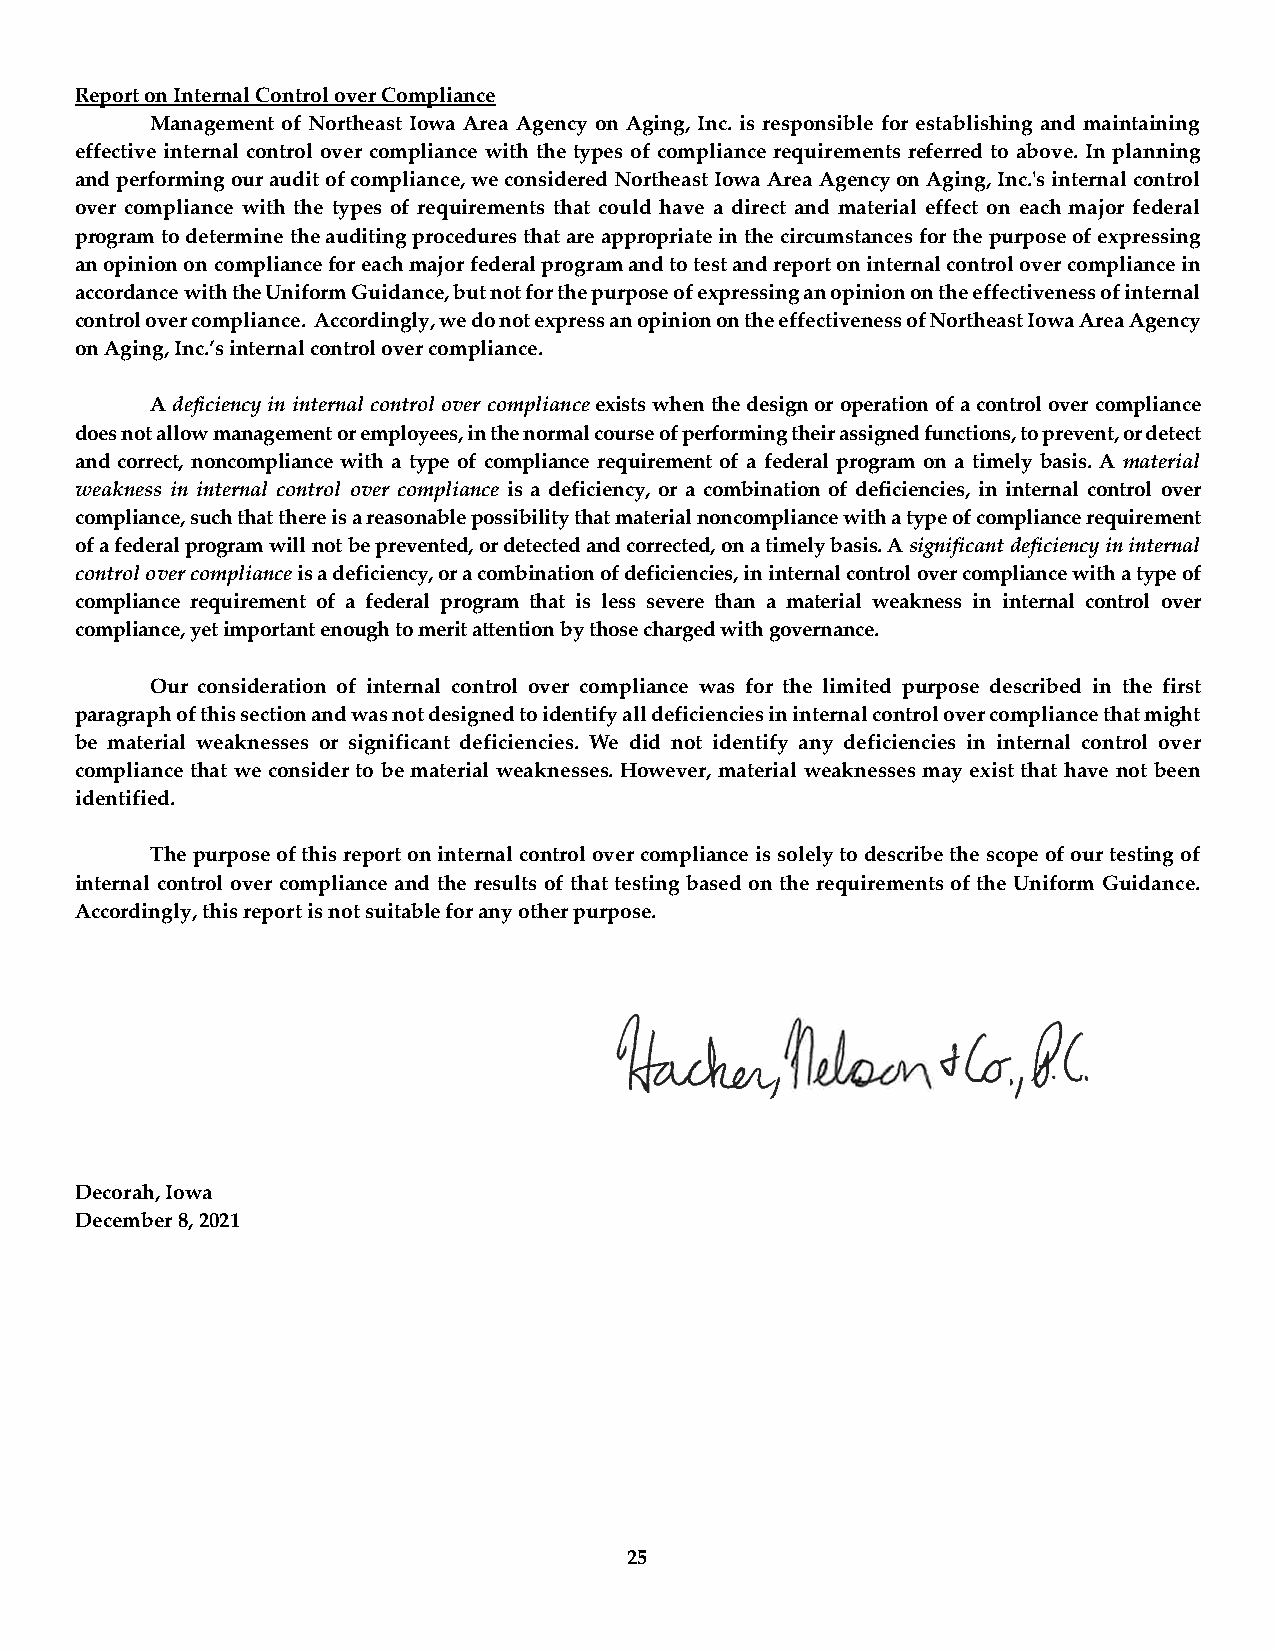
Report on Internal Control over Compliance
 Management of Northeast Iowa Area Agency on Aging, Inc. is responsible for establishing and maintaining
 effective internal control over compliance with the types of compliance requirements referred to above. In planning
 and performing our audit of compliance, we considered Northeast Iowa Area Agency on Aging, Inc.'s internal control
 over compliance with the types of requirements that could have a direct and material effect on each major federal
 program to determine the auditing procedures that are appropriate in the circumstances for the purpose of expressing
 an opinion on compliance for each major federal program and to test and report on internal control over compliance in
 accordance with the Uniform Guidance, but not for the purpose of expressing an opinion on the effectiveness of internal
 control over compliance. Accordingly, we do not express an opinion on the effectiveness of Northeast Iowa Area Agency
 on Aging, Inc.’s internal control over compliance.
 A deficiency in internal control over compliance exists when the design or operation of a control over compliance
 does not allow management or employees, in the normal course of performing their assigned functions, to prevent, or detect
 and correct, noncompliance with a type of compliance requirement of a federal program on a timely basis. A material
 weakness in internal control over compliance is a deficiency, or a combination of deficiencies, in internal control over
 compliance, such that there is a reasonable possibility that material noncompliance with a type of compliance requirement
 of a federal program will not be prevented, or detected and corrected, on a timely basis. A significant deficiency in internal
 control over compliance is a deficiency, or a combination of deficiencies, in internal control over compliance with a type of
 compliance requirement of a federal program that is less severe than a material weakness in internal control over
 compliance, yet important enough to merit attention by those charged with governance.
 Our consideration of internal control over compliance was for the limited purpose described in the first
 paragraph of this section and was not designed to identify all deficiencies in internal control over compliance that might
 be material weaknesses or significant deficiencies. We did not identify any deficiencies in internal control over
 compliance that we consider to be material weaknesses. However, material weaknesses may exist that have not been
 identified.
 The purpose of this report on internal control over compliance is solely to describe the scope of our testing of
 internal control over compliance and the results of that testing based on the requirements of the Uniform Guidance.
 Accordingly, this report is not suitable for any other purpose.
 Decorah, Iowa
 December 8, 2021
 25